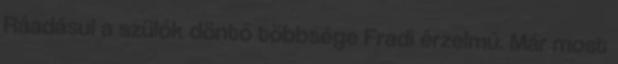
Ráadásul a szülők döntő többsége Fradi érzelmű. Már most